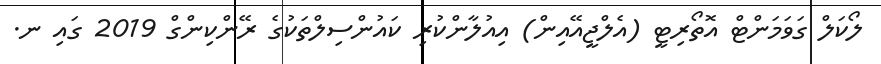
ލޯކަލް ގަވަމަންޓް އޮތޯރިޓީ (އެލްޖީއޭއިން) އިއުލާންކުރި ކައުންސިލްތަކުގެ ރޭންކިންގް 2019 ގައި ނ.